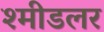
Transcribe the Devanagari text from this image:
श्मीडलर